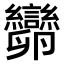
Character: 𠨫